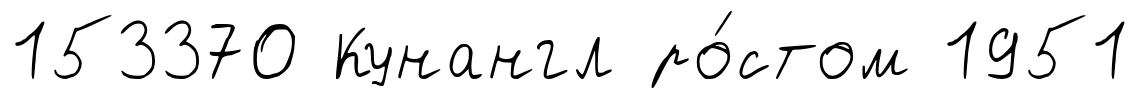
153370 Кунангл ро́стом 1951